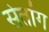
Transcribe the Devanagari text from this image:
सेतांग